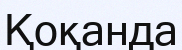
Қоқанда